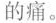
的痛。